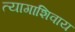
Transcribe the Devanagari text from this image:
त्यागाशिवाय